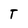
Character: T